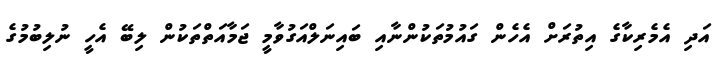
އަދި އެމެރިކާގެ އިތުރަށް އެހެން ގައުމުތަކުންނާއި ބައިނަލްއަގުވާމީ ޖަމާއަތްތަކުން ލިބޭ އެހީ ނުލިބުމުގެ